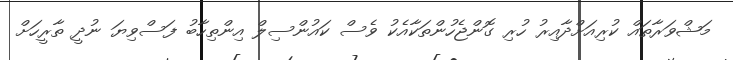
މަޝްވަރާތައް ކުރިއަށްދާއިރު ހުރި ގޮންޖެހުންތަކާއެކު ވެސް ކައުންސިލް އިންތިހާބު ފަސްވިޔަ ނުދީ ތާރީހަށް